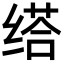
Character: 𦈘